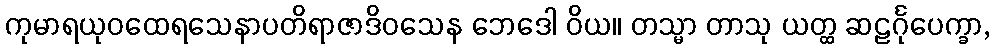
ကုမာရယုဝထေရသေနာပတိရာဇာဒိဝသေန ဘေဒေါ ဝိယ။ တသ္မာ တာသု ယတ္ထ ဆဠင်္ဂုပေက္ခာ,